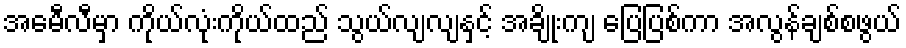
အေမီလီမှာ ကိုယ်လုံးကိုယ်ထည် သွယ်လျလျနှင့် အချိုးကျ ပြေပြစ်ကာ အလွန်ချစ်စဖွယ်